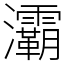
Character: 灞